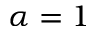
\alpha = 1